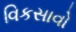
વિકસાવો